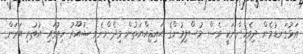
އަޅުގަނޑުމެން ދިވެހިންނަކީ ވެސް މުސްލިމުންގެ ޙައިޘިއްޔަތުން މިދެންނެވި ޝުއޫރު ހިތުގައި އުތުރި އަރަން